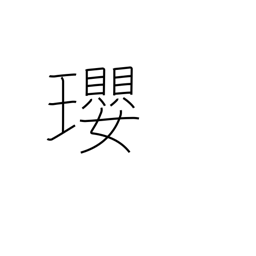
Meaning: jewelled necklace